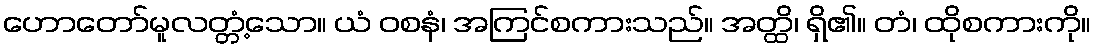
ဟောတော်မူလတ္တံ့သော။ ယံ ဝစနံ၊ အကြင်စကားသည်။ အတ္ထိ၊ ရှိ၏။ တံ၊ ထိုစကားကို။